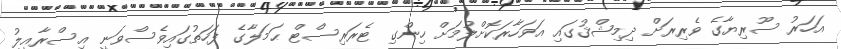
އަހަރު ސޫރިޔާގެ ވެރިރަށް ދިމިޝްޤުގައި އަވަހާރަކޮށްލުމަށް ހިންގި ޓެރަރިސްޓް ޙަމަލާގެ ފަހަތުގައިވެސްވަނީ އިސްރާއީލު